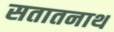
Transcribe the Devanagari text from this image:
सतातनाथ